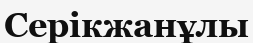
Серікжанұлы